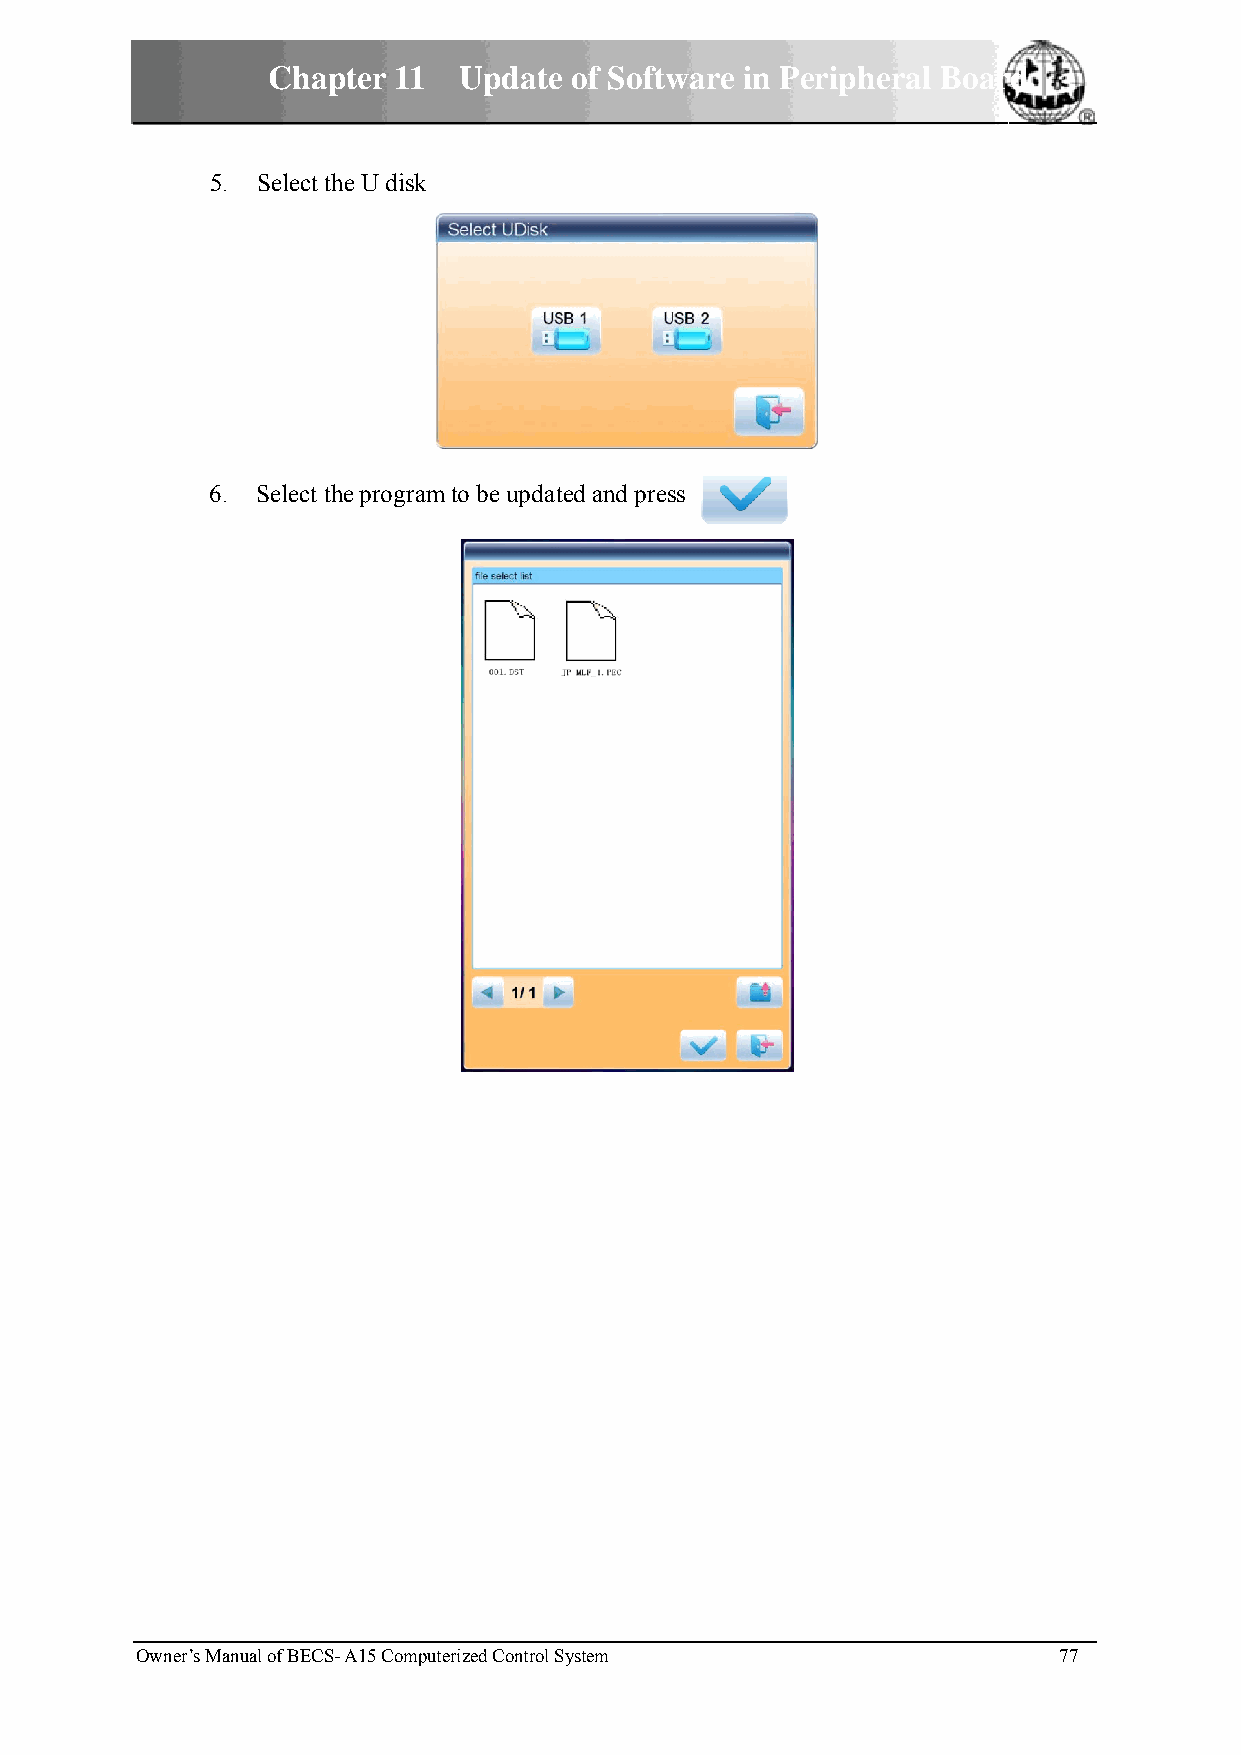
Chappter 11 Updatee of Softwware in PPeripherral Boarrd
 5.. Select thhe U disk
 6.. Select thhe program to be updatted and presss
 Owner’s Maanual of BECS-- A15 Computeerized Control SSystem  77